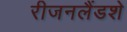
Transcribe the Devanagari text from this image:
रीजनलैंडशे